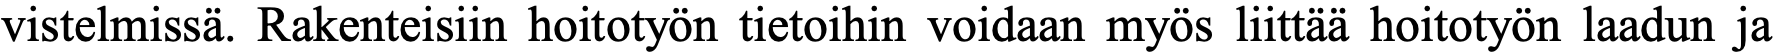
vistelmissä. Rakenteisiin hoitotyön tietoihin voidaan myös liittää hoitotyön laadun ja